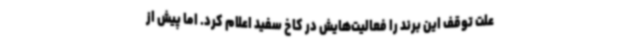
علت توقف این برند را فعالیت‌هایش در کاخ سفید اعلام کرد. اما پیش از